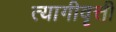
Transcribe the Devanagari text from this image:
त्यागीवृत्ती